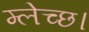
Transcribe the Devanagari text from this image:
म्लेच्छ।